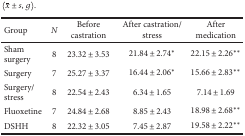
<table><thead><tr><td><b>Group</b></td><td><b><i>N</i></b></td><td><b>Before castration</b></td><td><b>After castration/stress</b></td><td><b>After medication</b></td></tr></thead><tbody><tr><td>Sham surgery</td><td>8</td><td>23.32 ± 3.53</td><td>21.84 ± 2.74<sup>∗</sup></td><td>22.15 ± 2.26<sup>∗∗</sup></td></tr><tr><td>Surgery</td><td>7</td><td>25.27 ± 3.37</td><td>16.44 ± 2.06<sup>∗</sup></td><td>15.66 ± 2.83<sup>∗∗</sup></td></tr><tr><td>Surgery/stress</td><td>8</td><td>22.54 ± 2.43</td><td>6.34 ± 1.65</td><td>7.14 ± 1.69</td></tr><tr><td>Fluoxetine</td><td>7</td><td>24.84 ± 2.68</td><td>8.85 ± 2.43</td><td>18.98 ± 2.68<sup>∗∗</sup></td></tr><tr><td>DSHH</td><td>8</td><td>22.32 ± 3.05</td><td>7.45 ± 2.87</td><td>19.58 ± 2.22<sup>∗∗</sup></td></tr></tbody></table>